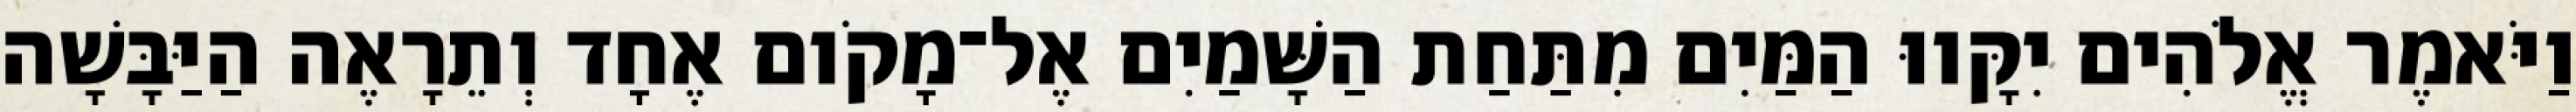
וַיֹּאמֶר אֱלֹהִים יִקָּווּ הַמַּיִם מִתַּחַת הַשָּׁמַיִם אֶל־מָקֹום אֶחָד וְתֵרָאֶה הַיַּבָּשָׁה